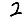
Digit: 2